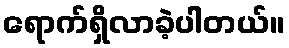
ရောက်ရှိလာခဲ့ပါတယ်။